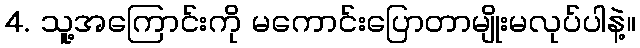
4. သူ့အကြောင်းကို မကောင်းပြောတာမျိုးမလုပ်ပါနဲ့။